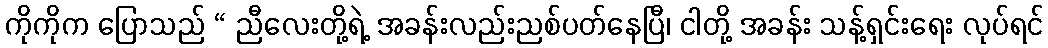
ကိုကိုက ပြောသည် “ ညီလေးတို့ရဲ့ အခန်းလည်းညစ်ပတ်နေပြီ၊ ငါတို့ အခန်း သန့်ရှင်းရေး လုပ်ရင်